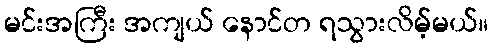
မင်းအကြီး အကျယ် နောင်တ ရသွားလိမ့်မယ်။